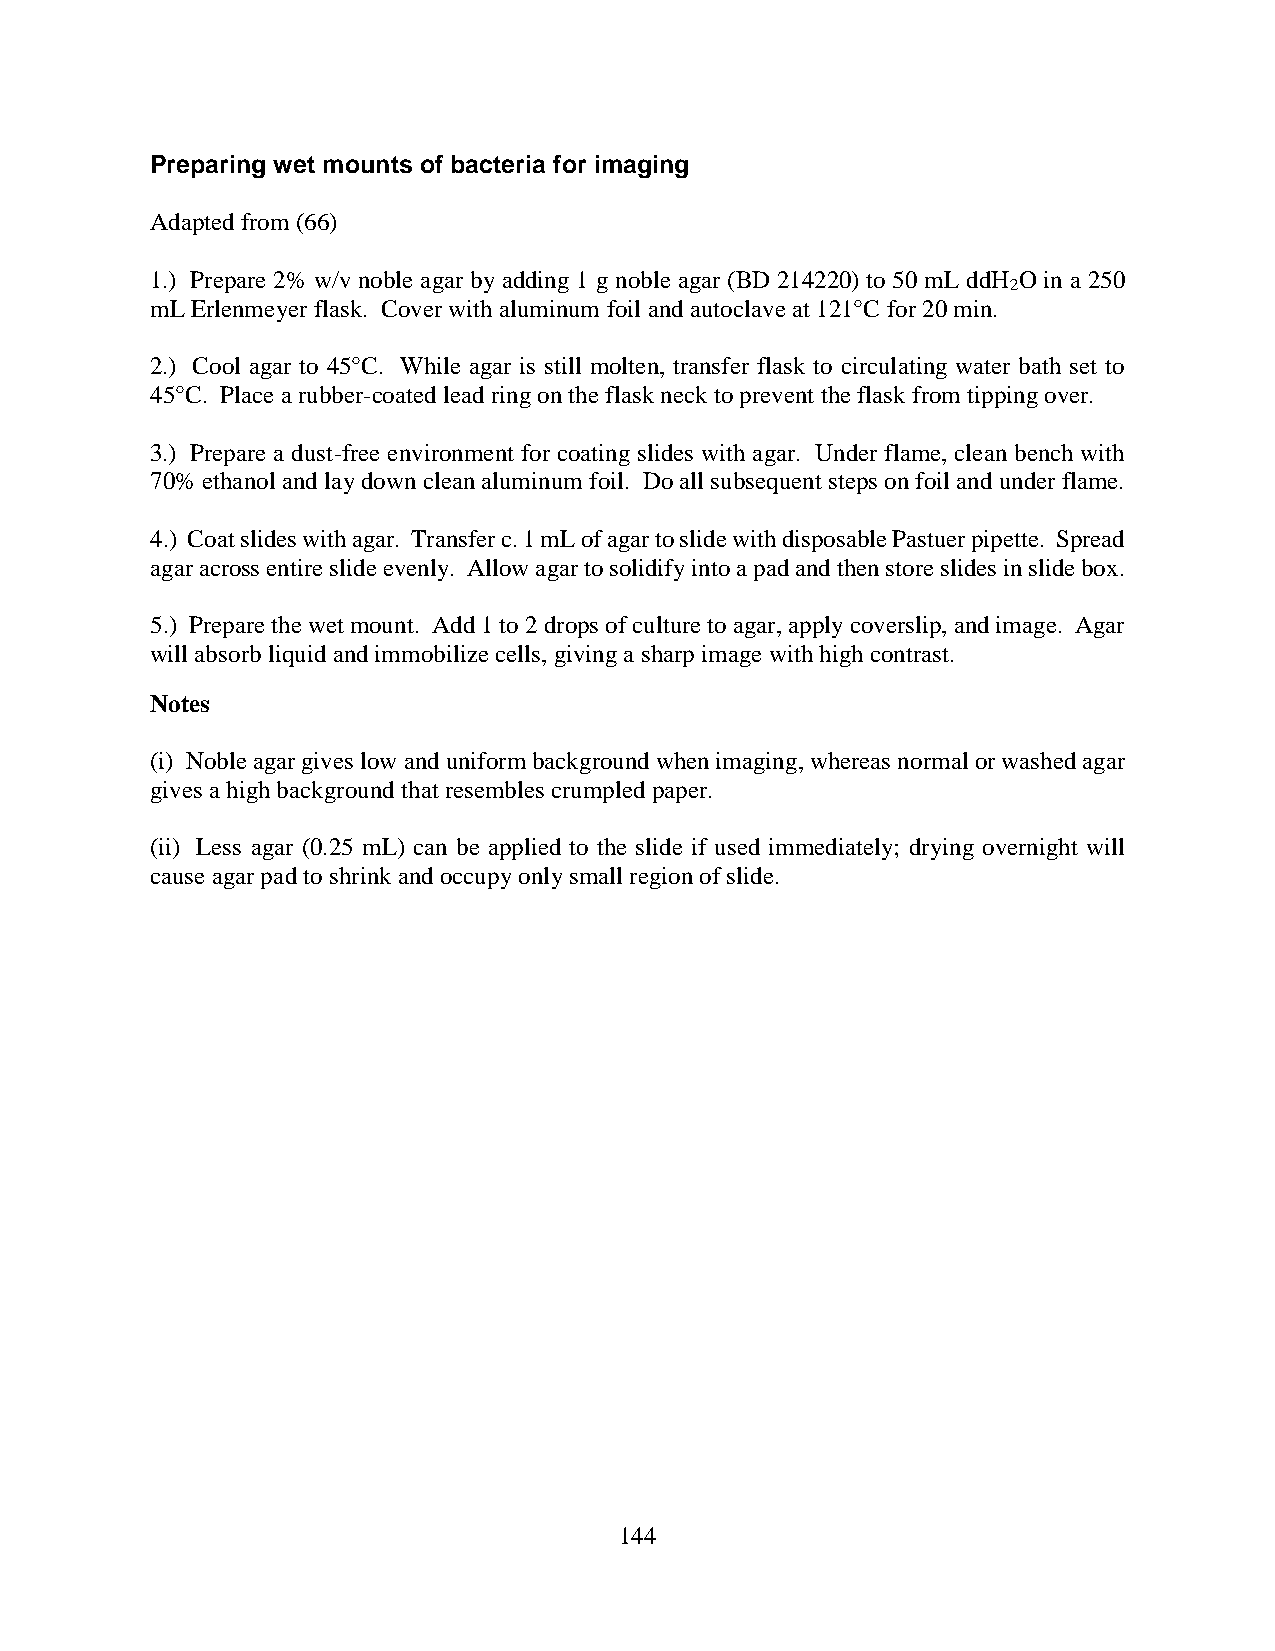
Preparing wet mounts of bacteria for imaging
 Adapted from (66)
 1.) Prepare 2% w/v noble agar by adding 1 g noble agar (BD 214220) to 50 mL ddH O in a 250
 2
 mL Erlenmeyer flask. Cover with aluminum foil and autoclave at 121°C for 20 min.
 2.) Cool agar to 45°C. While agar is still molten, transfer flask to circulating water bath set to
 45°C. Place a rubber-coated lead ring on the flask neck to prevent the flask from tipping over.
 3.) Prepare a dust-free environment for coating slides with agar. Under flame, clean bench with
 70% ethanol and lay down clean aluminum foil. Do all subsequent steps on foil and under flame.
 4.) Coat slides with agar. Transfer c. 1 mL of agar to slide with disposable Pastuer pipette. Spread
 agar across entire slide evenly. Allow agar to solidify into a pad and then store slides in slide box.
 5.) Prepare the wet mount. Add 1 to 2 drops of culture to agar, apply coverslip, and image. Agar
 will absorb liquid and immobilize cells, giving a sharp image with high contrast.
 Notes
 (i) Noble agar gives low and uniform background when imaging, whereas normal or washed agar
 gives a high background that resembles crumpled paper.
 (ii) Less agar (0.25 mL) can be applied to the slide if used immediately; drying overnight will
 cause agar pad to shrink and occupy only small region of slide.
 144